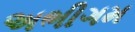
અભીગમ